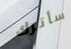
سأترك